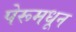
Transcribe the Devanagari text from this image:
पेरूमधून